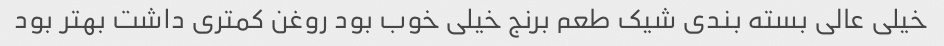
خیلی عالی بسته بندی شیک طعم برنج خیلی خوب بود روغن کمتری داشت بهتر بود